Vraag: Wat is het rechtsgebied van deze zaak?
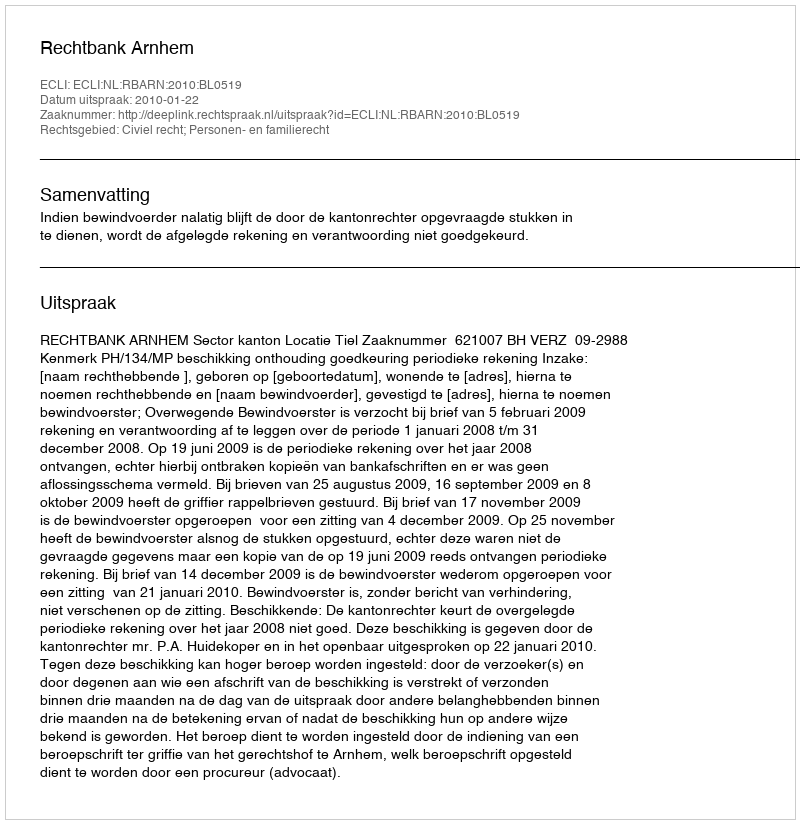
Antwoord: Civiel recht; Personen- en familierecht